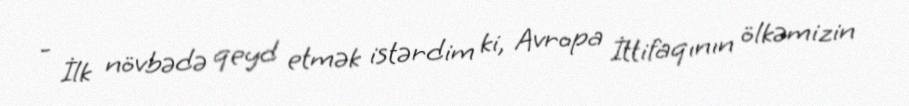
- İlk növbədə qeyd etmək istərdim ki, Avropa İttifaqının ölkəmizin